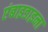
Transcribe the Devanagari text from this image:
एंबाइडाइना